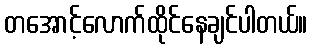
တအောင့်လောက်ထိုင်နေချင်ပါတယ်။